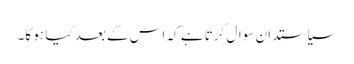
سیاستدان سوال کرتا ہے کہ اس کے بعد کیا ہو گا۔